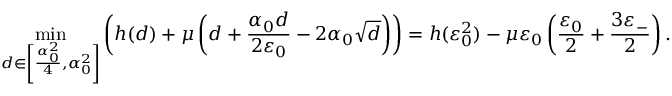
\operatorname* { m i n } _ { d \in \left[ \frac { \alpha _ { 0 } ^ { 2 } } { 4 } , \alpha _ { 0 } ^ { 2 } \right] } \left( h ( d ) + \mu \left( d + \frac { \alpha _ { 0 } d } { 2 \varepsilon _ { 0 } } - 2 \alpha _ { 0 } \sqrt { d } \right) \right) = h ( \varepsilon _ { 0 } ^ { 2 } ) - \mu \varepsilon _ { 0 } \left( \frac { \varepsilon _ { 0 } } { 2 } + \frac { 3 \varepsilon _ { - } } { 2 } \right) .